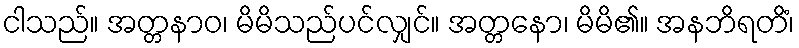
ငါသည်။ အတ္တနာဝ၊ မိမိသည်ပင်လျှင်။ အတ္တနော၊ မိမိ၏။ အနဘိရတိံ၊